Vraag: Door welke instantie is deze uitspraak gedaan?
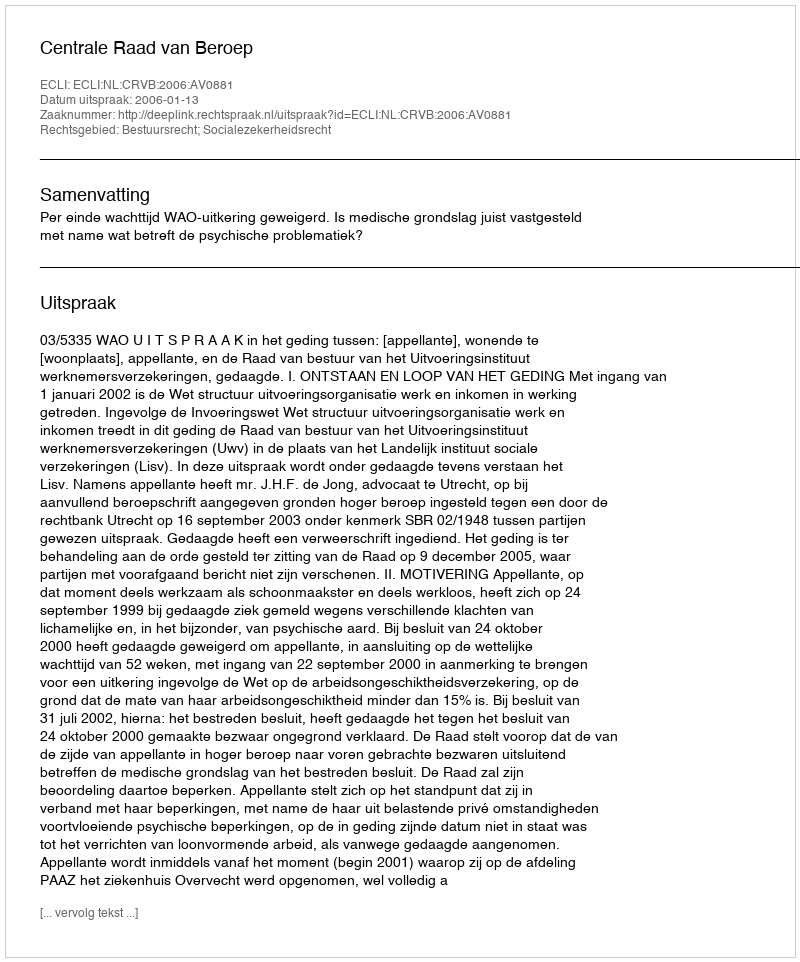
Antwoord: Centrale Raad van Beroep